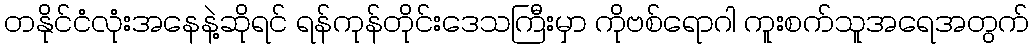
တနိုင်ငံလုံးအနေနဲ့ဆိုရင် ရန်ကုန်တိုင်းဒေသကြီးမှာ ကိုဗစ်ရောဂါ ကူးစက်သူအရေအတွက်